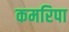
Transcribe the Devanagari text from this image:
कमरिपा